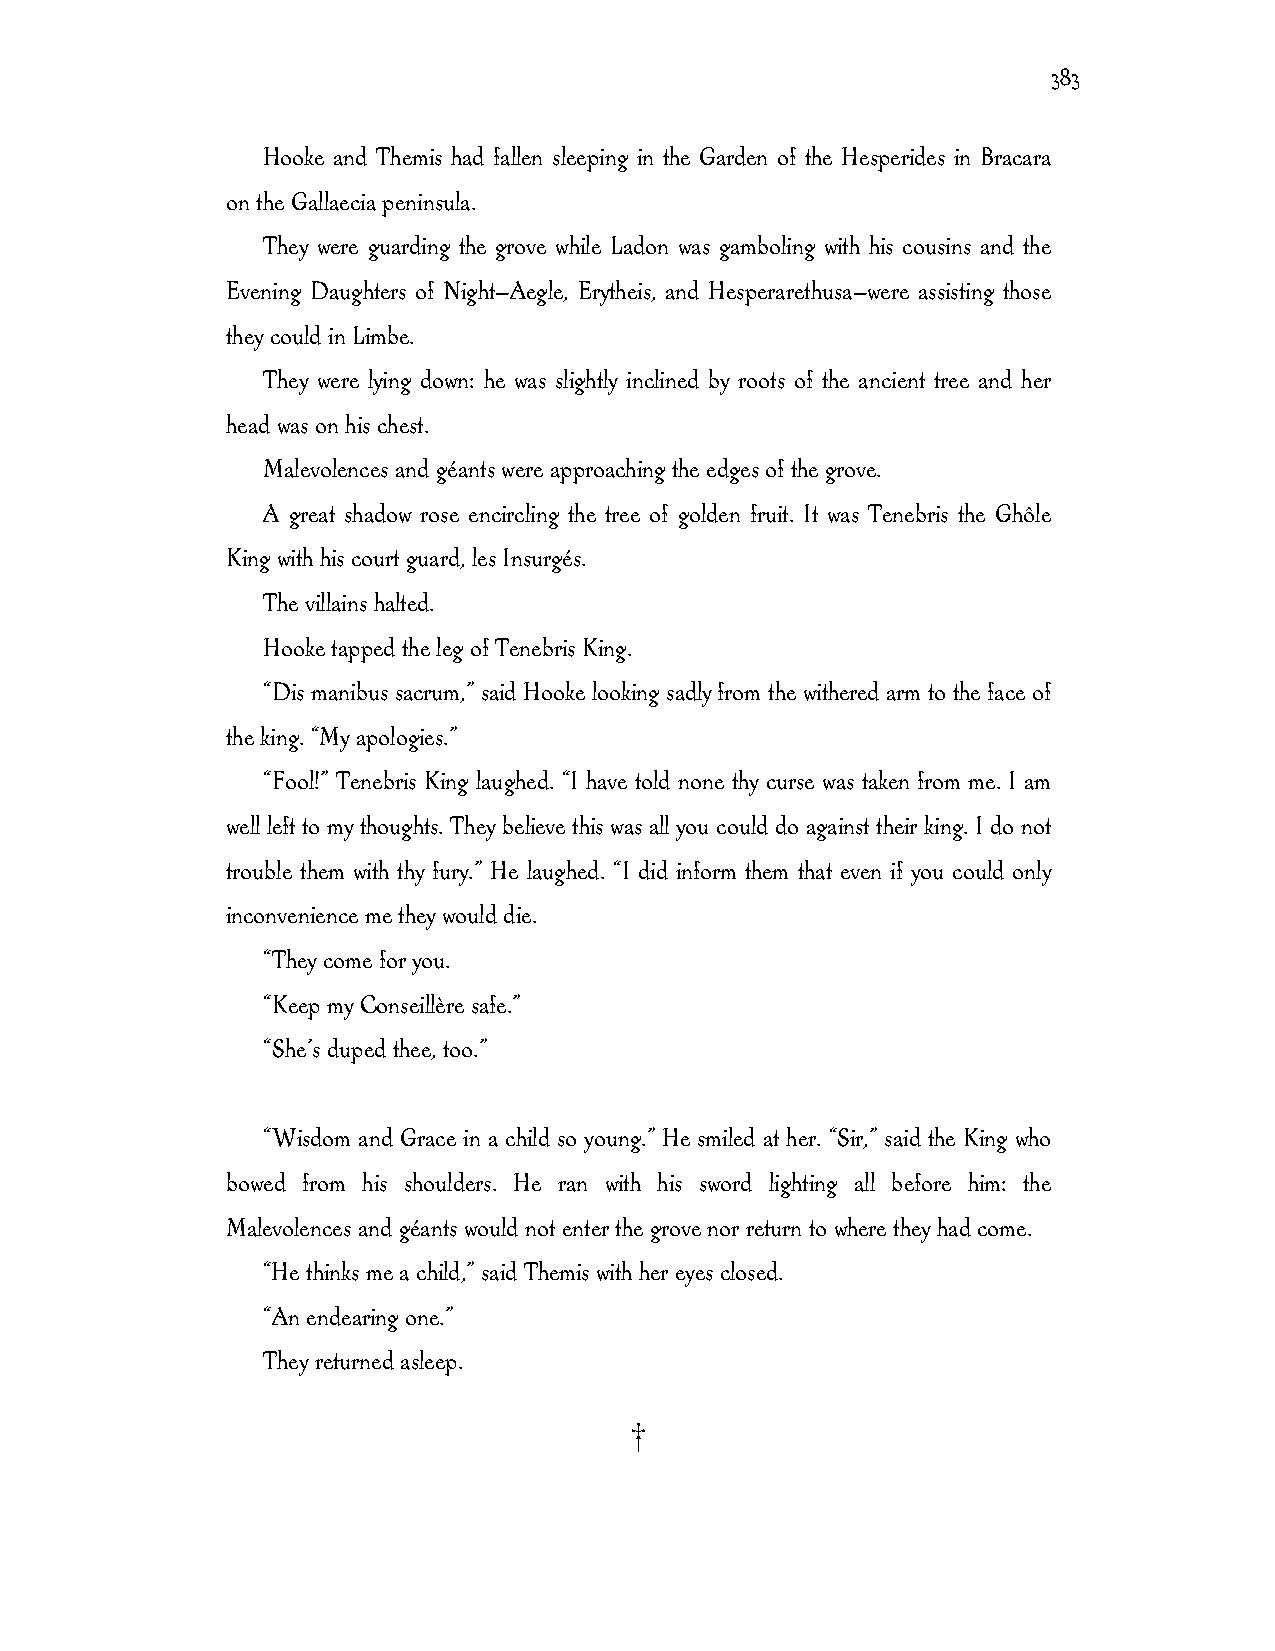
383
 Hooke and Themis had fallen sleeping in the Garden of the Hesperides in Bracara
 on the Gallaecia peninsula.
 They were guarding the grove while Ladon was gamboling with his cousins and the
 Evening Daughters of Night—Aegle, Erytheis, and Hesperarethusa—were assisting those
 they could in Limbe.
 They were lying down: he was slightly inclined by roots of the ancient tree and her
 head was on his chest.
 Malevolences and géants were approaching the edges of the grove.
 A great shadow rose encircling the tree of golden fruit. It was Tenebris the Ghôle
 King with his court guard, les Insurgés.
 The villains halted.
 Hooke tapped the leg of Tenebris King.
 “Dis manibus sacrum,” said Hooke looking sadly from the withered arm to the face of
 the king. “My apologies.”
 “Fool!” Tenebris King laughed. “I have told none thy curse was taken from me. I am
 well left to my thoughts. They believe this was all you could do against their king. I do not
 trouble them with thy fury.” He laughed. “I did inform them that even if you could only
 inconvenience me they would die.
 “They come for you.
 “Keep my Conseillère safe.”
 “She’s duped thee, too.”
 “Wisdom and Grace in a child so young.” He smiled at her. “Sir,” said the King who
 bowed from his shoulders. He ran with his sword lighting all before him: the
 Malevolences and géants would not enter the grove nor return to where they had come.
 “He thinks me a child,” said Themis with her eyes closed.
 “An endearing one.”
 They returned asleep.
 †